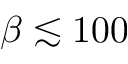
\beta \lesssim 1 0 0